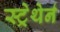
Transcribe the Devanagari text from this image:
स्ट्रेथेर्न